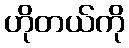
ဟိုတယ်ကို